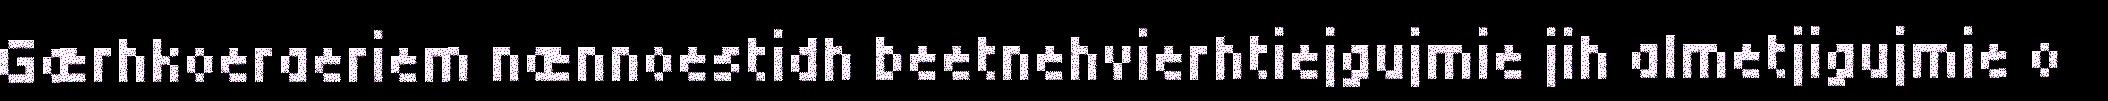
Gærhkoeraeriem nænnoestidh beetnehvierhtiejgujmie jih almetjigujmie o